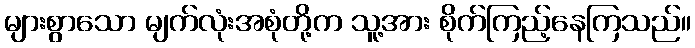
များစွာသော မျက်လုံးအစုံတို့က သူ့အား စိုက်ကြည့်နေကြသည်။